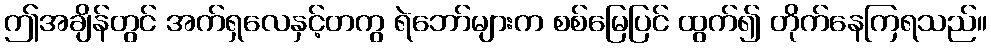
ဤအချိန်တွင် အက်ရှလေနှင့်တကွ ရဲဘော်များက စစ်မြေပြင် ထွက်၍ တိုက်နေကြရသည်။